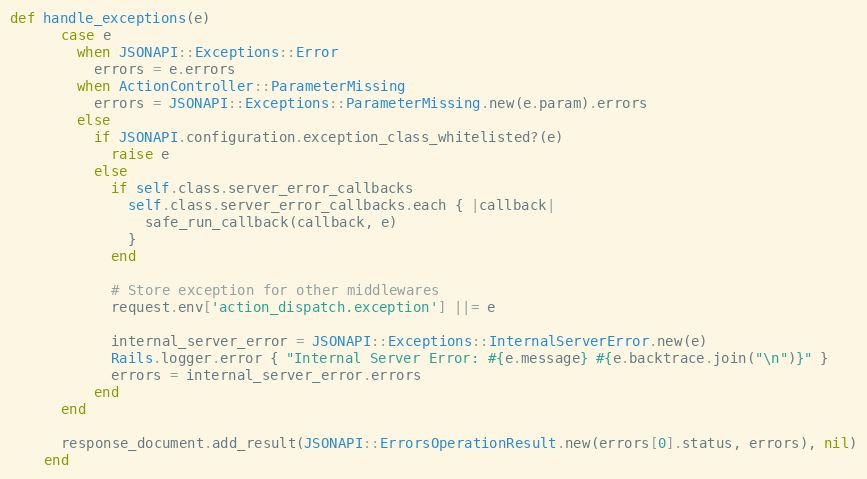
Language: Ruby
def handle_exceptions(e)
      case e
        when JSONAPI::Exceptions::Error
          errors = e.errors
        when ActionController::ParameterMissing
          errors = JSONAPI::Exceptions::ParameterMissing.new(e.param).errors
        else
          if JSONAPI.configuration.exception_class_whitelisted?(e)
            raise e
          else
            if self.class.server_error_callbacks
              self.class.server_error_callbacks.each { |callback|
                safe_run_callback(callback, e)
              }
            end

            # Store exception for other middlewares
            request.env['action_dispatch.exception'] ||= e

            internal_server_error = JSONAPI::Exceptions::InternalServerError.new(e)
            Rails.logger.error { "Internal Server Error: #{e.message} #{e.backtrace.join("\n")}" }
            errors = internal_server_error.errors
          end
      end

      response_document.add_result(JSONAPI::ErrorsOperationResult.new(errors[0].status, errors), nil)
    end